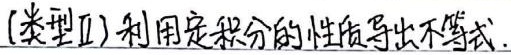
(类型Ⅱ) 利用定积分的性质导出不等式.